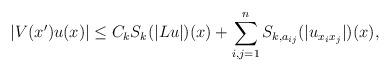
LaTeX: \begin{align*}|V(x')u(x)| \leq C_{k} S_{k}(|Lu|)(x)+\sum _{i,j=1}^{n} S_{k,a_{ij}}(|u_{x_{i}x_{j}}|)(x),\end{align*}